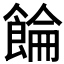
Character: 𲋚